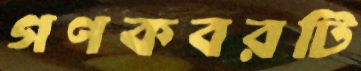
গণকবরটি